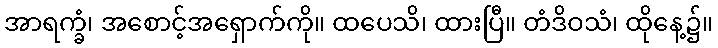
အာရက္ခံ၊ အစောင့်အရှောက်ကို။ ထပေသိ၊ ထားပြီ။ တံဒိဝသံ၊ ထိုနေ့၌။